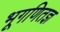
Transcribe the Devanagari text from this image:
भूगणितज्ञ